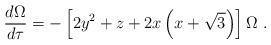
LaTeX: \begin{align*}\frac{d\Omega}{d\tau} = -\left[2y^2 + z + 2x\left(x+\sqrt{3}\right)\right]\Omega \ .\end{align*}